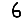
Digit: 6